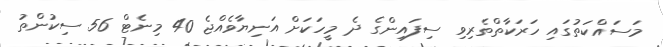
މަސައްކަތުގައި ހަރަކާތްތެރިވި ސިފައިންގެ ދެ މީހަކަށް އަނިޔާވެއްޖެ 40 މިނެޓް 56 ސިކުންތު